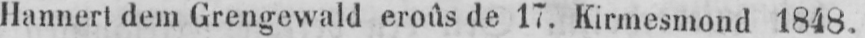
Hannert dem Grengewald eroûs de 17. Kirmesmond 1848.